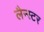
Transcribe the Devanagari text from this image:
लैन्स्टर